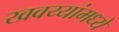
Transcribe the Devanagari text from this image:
खवय्यांमध्ये